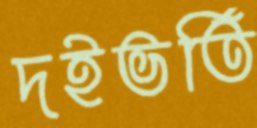
দইভর্তি